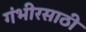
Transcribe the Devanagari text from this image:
गंभीरसाठी